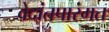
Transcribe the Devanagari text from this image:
वेदांतपारंगत